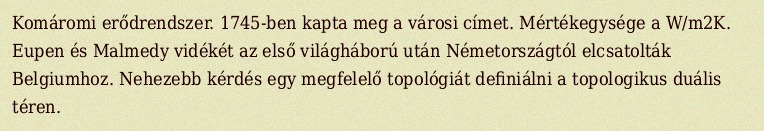
Komáromi erődrendszer. 1745-ben kapta meg a városi címet. Mértékegysége a W/m2K. Eupen és Malmedy vidékét az első világháború után Németországtól elcsatolták Belgiumhoz. Nehezebb kérdés egy megfelelő topológiát definiálni a topologikus duális téren.